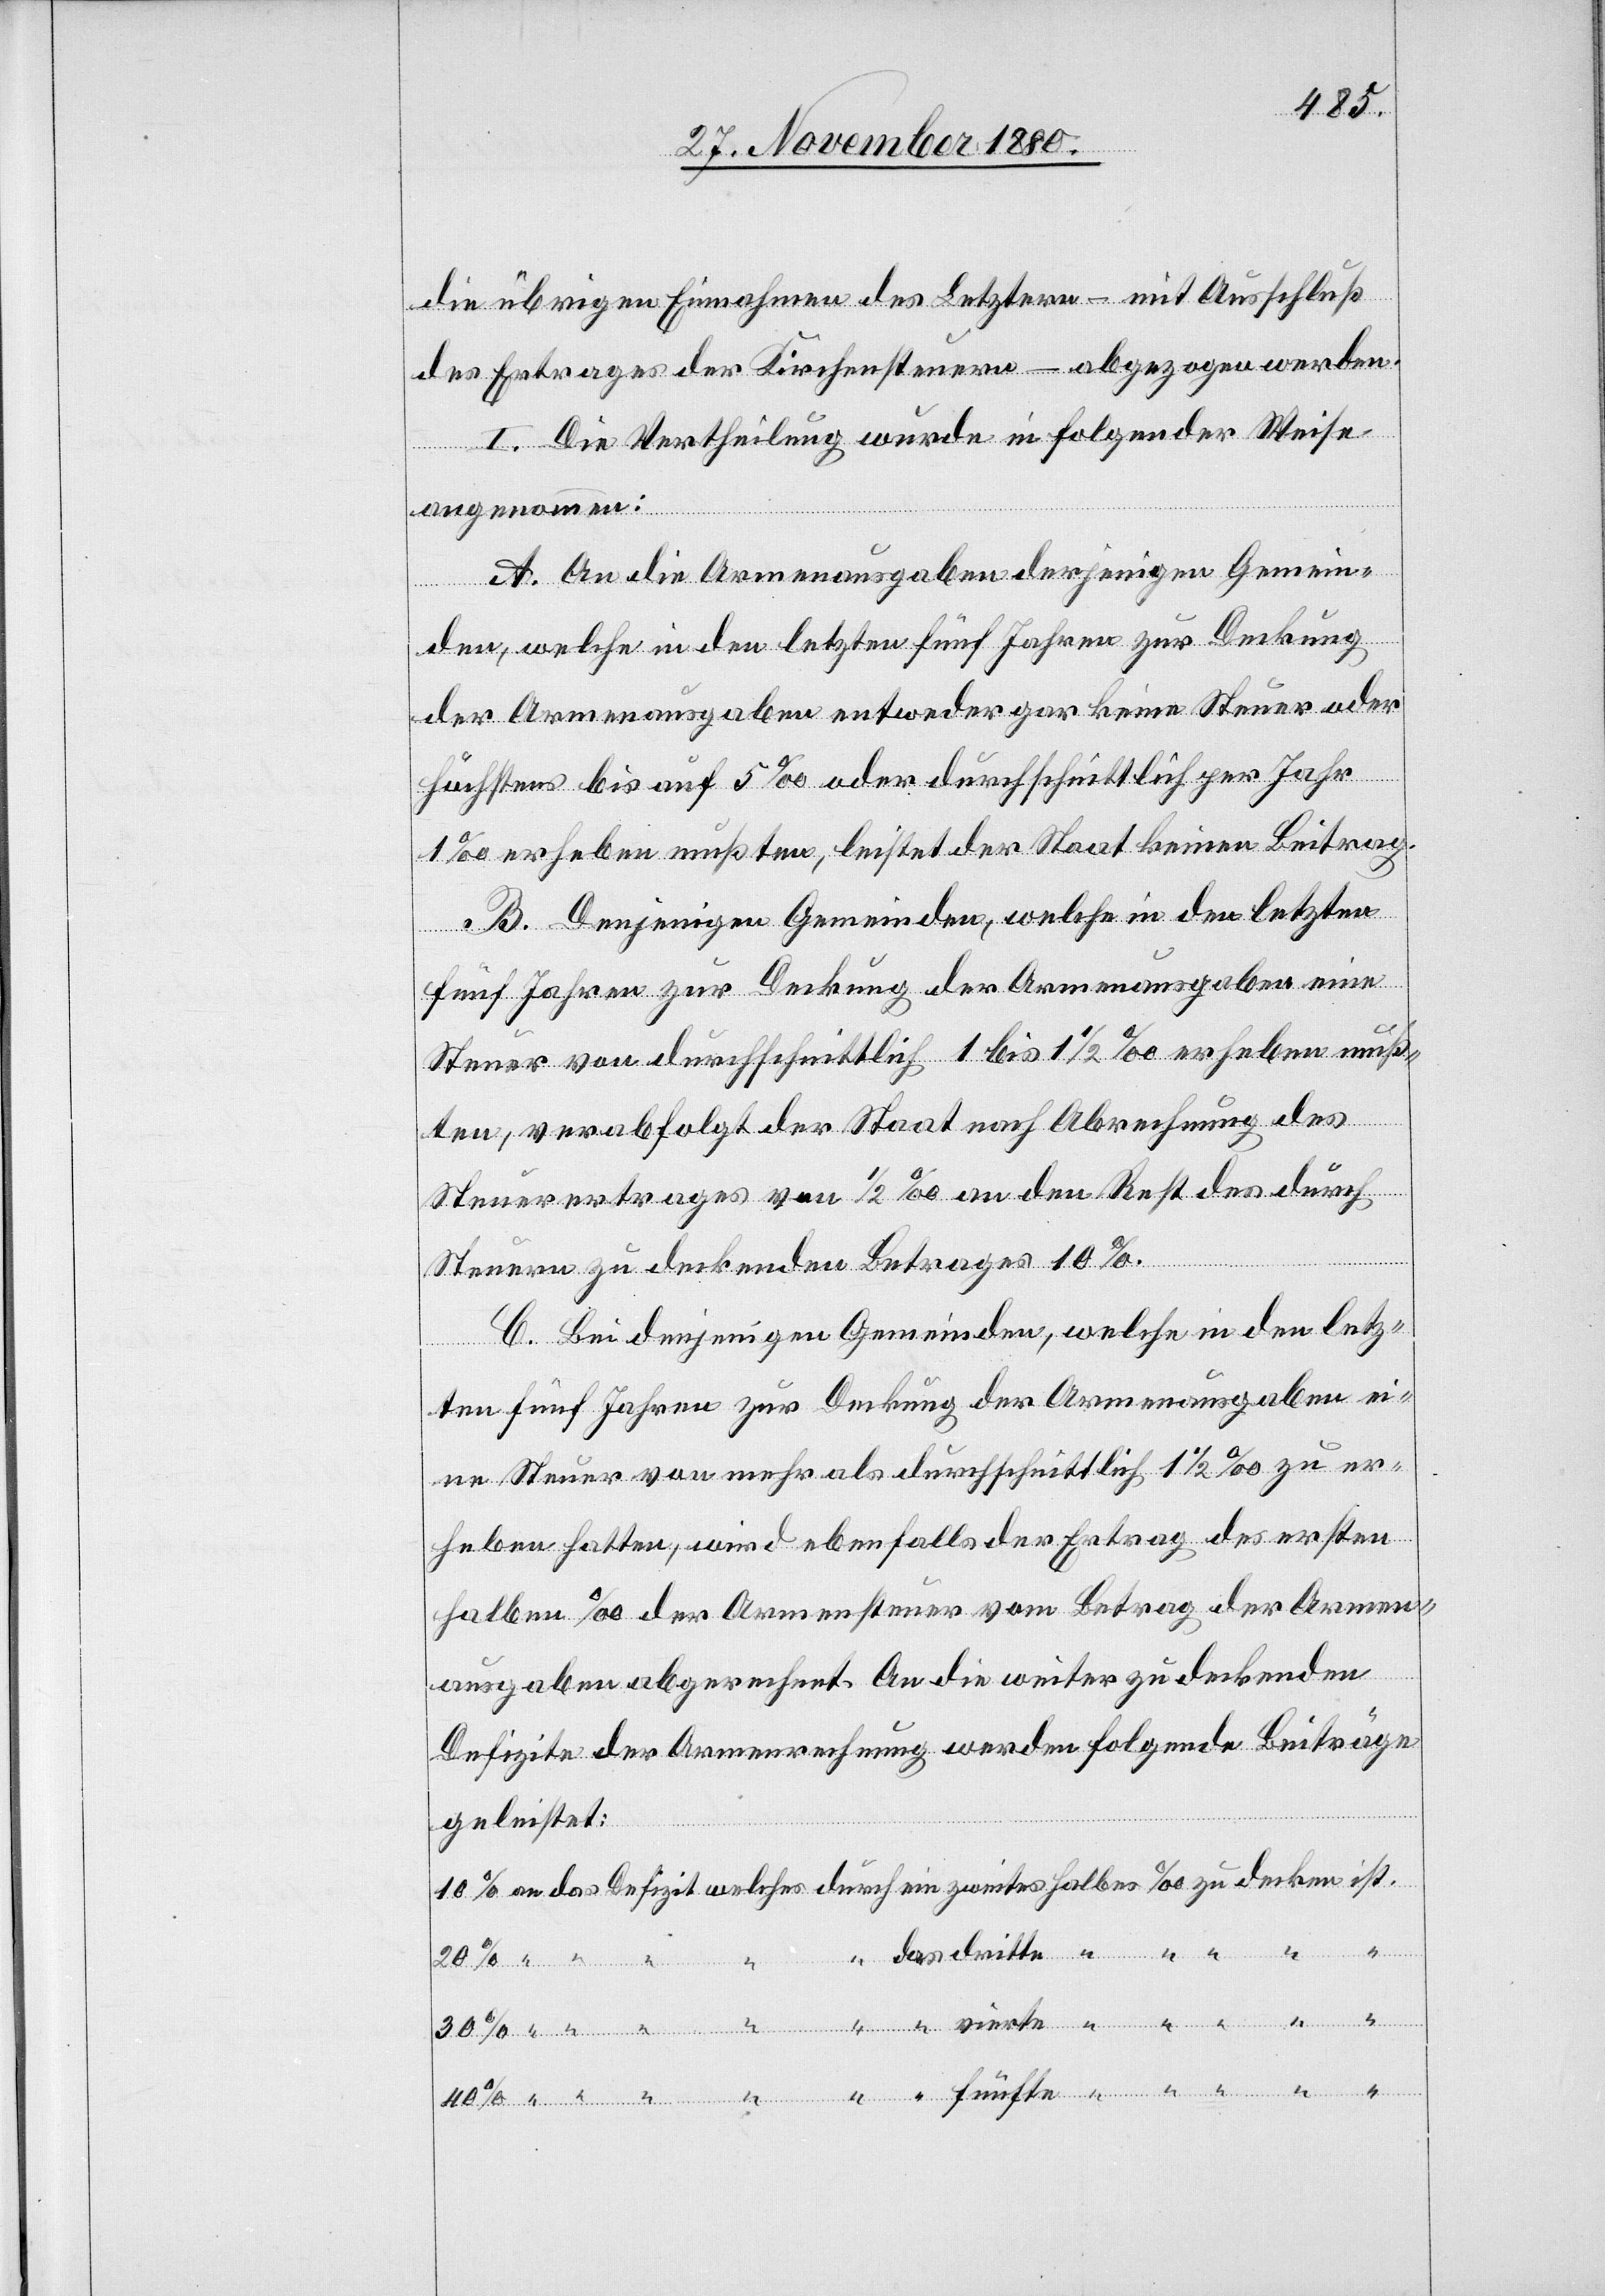
die übrigen Einnahmen des Letztern – mit Ausschluß
des Ertrages der Kirchensteuern – abgezogen werden.
I. Die Vertheilung wurde in folgender Weise
angenommen:
A. An die Armenausgaben derjenigen Gemein¬
den, welche in den letzten fünf Jahren zur Deckung
der Armenausgaben entweder gar keine Steuer oder
höchstens bis auf 5‰ oder durchschnittlich per Jahr
1‰ erheben mußten, leistet der Staat keinen Beitrag.
B. Denjenigen Gemeinden, welche in den letzten
fünf Jahren zur Deckung der Armenausgaben eine
Steuer von durchschnittlich 1 bis 1 1/2‰ erheben muß¬
decken
ten verabfolgt der Staat nach Abrechnung des
Steuerertrages von 1/2‰ an den Rest des durch
Steuern zu deckenden Betrages 10%.
C. Bei denjenigen Gemeinden, welche in den letz¬
ten fünf Jahren zur Deckung der Armenausgaben ei¬
ne Steuer von mehr als durchschnittlich 1 1/2‰ zu er¬
heben hatten, wird ebenfalls der Ertrag des ersten
halben ‰ der Armensteuer vom Betrag der Armen¬
ausgaben abgerechnet. An die weiter zu deckenden
Defizite der Armenrechnung werden folgende Beiträge
geleistet:
vier¬
te